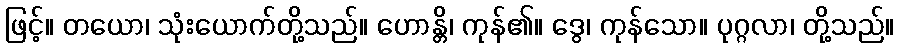
ဖြင့်။ တယော၊ သုံးယောက်တို့သည်။ ဟောန္တိ၊ ကုန်၏။ ဒွေ၊ ကုန်သော။ ပုဂ္ဂလာ၊ တို့သည်။